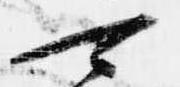
可